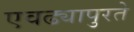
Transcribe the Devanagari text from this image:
एवढ्यापुरते